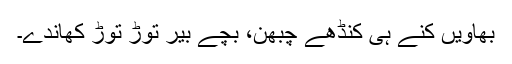
بھاویں کِنے ہی کنڈھے چُبھن، بچے بیر توڑ توڑ کھاندے۔